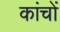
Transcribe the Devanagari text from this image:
कांचों